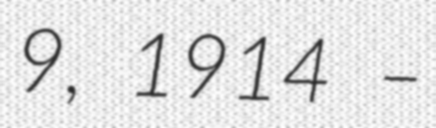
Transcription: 9, 1914 –